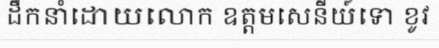
ដឹកនាំដោយលោក ឧត្តមសេនីយ៍ទោ ខូវ